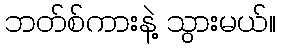
ဘတ်စ်ကားနဲ့ သွားမယ်။